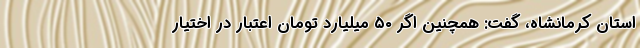
استان کرمانشاه، گفت: همچنین اگر ۵۰ میلیارد تومان اعتبار در اختیار